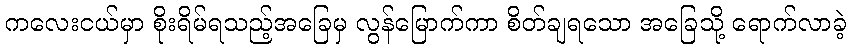
ကလေးငယ်မှာ စိုးရိမ်ရသည့်အခြေမှ လွန်မြောက်ကာ စိတ်ချရသော အခြေသို့ ရောက်လာခဲ့